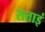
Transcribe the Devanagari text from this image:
सताइं